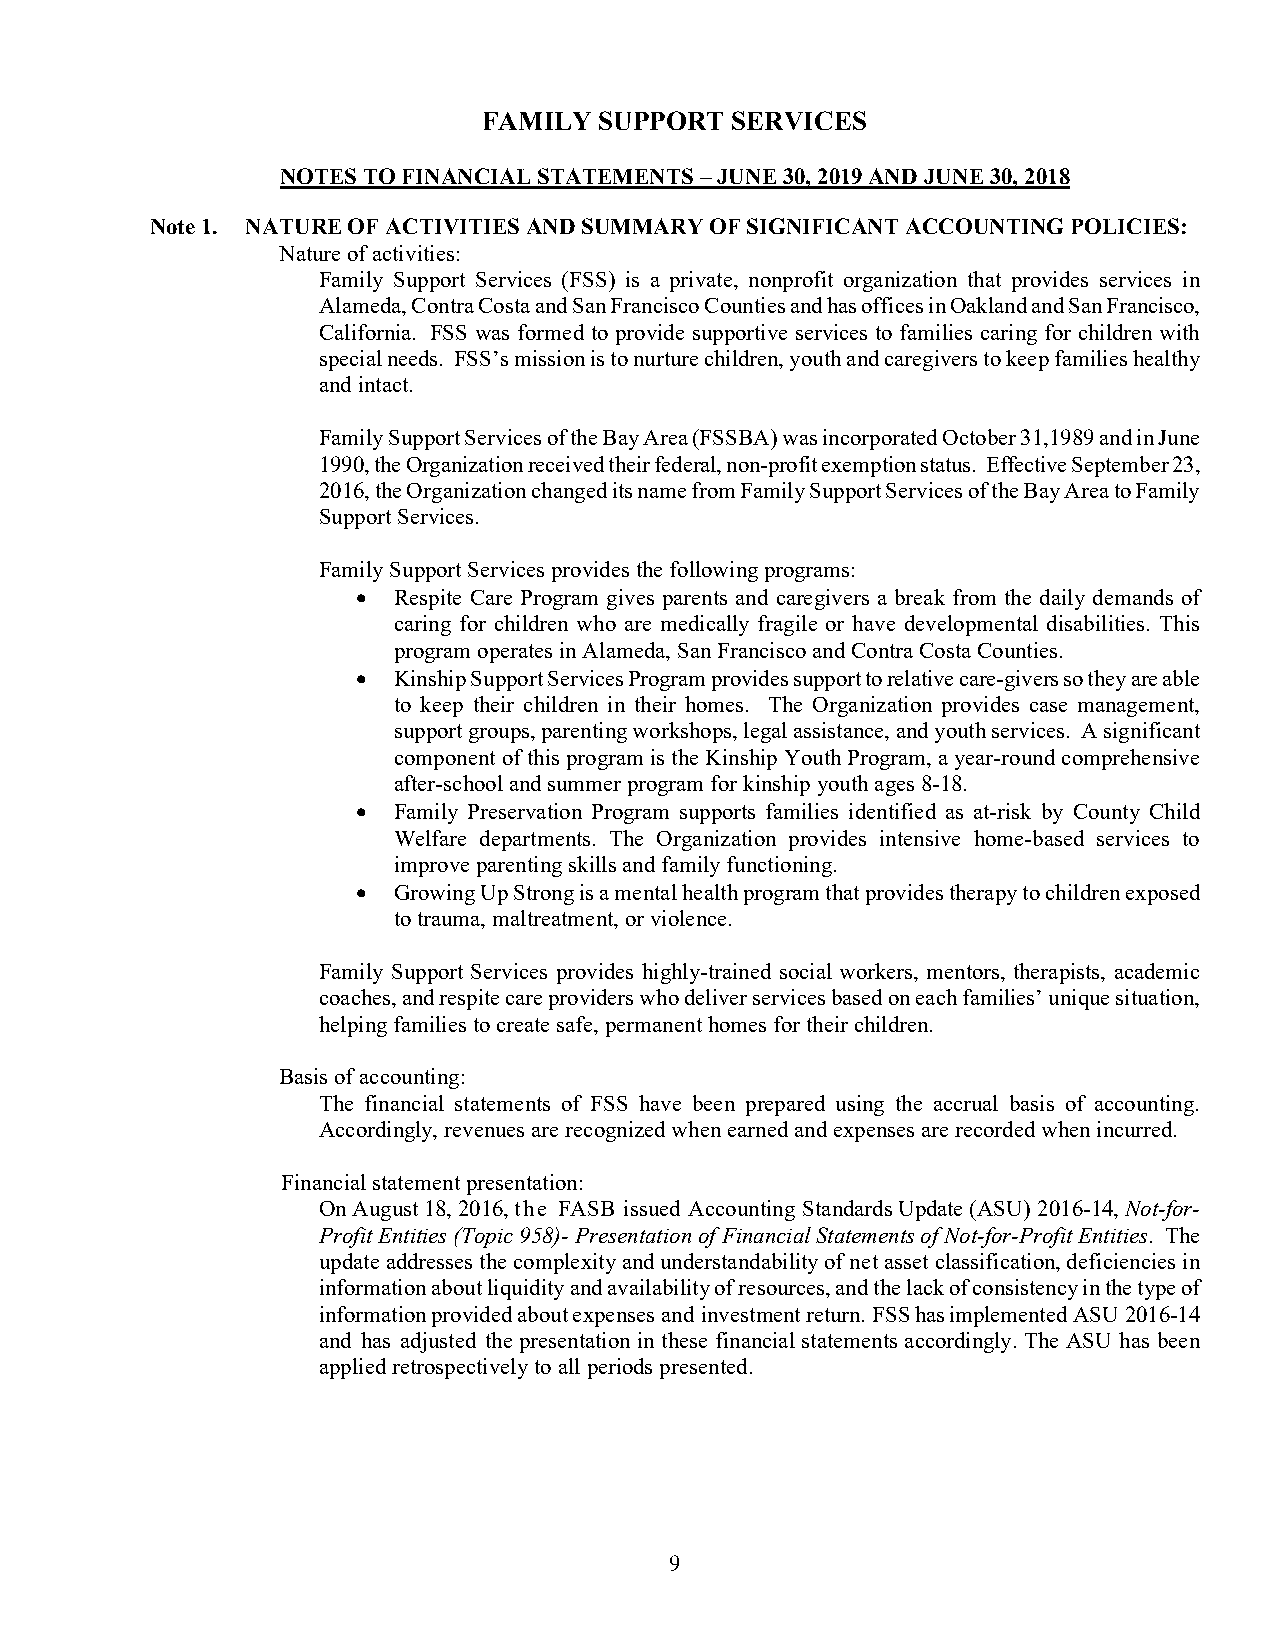
FAMILY  SUPPORT SERVICES
 NOTES TO FINANCIAL STATEMENTS – JUNE 30, 2019 AND JUNE 30, 2018
 Note 1. NATURE OF ACTIVITIES AND SUMMARY OF SIGNIFICANT ACCOUNTING POLICIES:
 Nature of activities:
 Family Support Services (FSS) is a private, nonprofit organization that provides services in
 Alameda, Contra Costa and San Francisco Counties and has offices in Oakland and San Francisco,
 California. FSS was formed to provide supportive services to families caring for children with
 special needs. FSS’s mission is to nurture children, youth and caregivers to keep families healthy
 and intact.
 Family Support Services of the Bay Area (FSSBA) was incorporated October 31,1989 and in June
 1990, the Organization received their federal, non-profit exemption status. Effective September 23,
 2016, the Organization changed its name from Family Support Services of the Bay Area to Family
 Support Services.
 Family Support Services provides the following programs:
  Respite Care Program gives parents and caregivers a break from the daily demands of
 caring for children who are medically fragile or have developmental disabilities. This
 program operates in Alameda, San Francisco and Contra Costa Counties.
  Kinship Support Services Program provides support to relative care-givers so they are able
 to keep their children in their homes. The Organization provides case management,
 support groups, parenting workshops, legal assistance, and youth services. A significant
 component of this program is the Kinship Youth Program, a year-round comprehensive
 after-school and summer program for kinship youth ages 8-18.
  Family Preservation Program supports families identified as at-risk by County Child
 Welfare departments. The Organization provides intensive home-based services to
 improve parenting skills and family functioning.
  Growing Up Strong is a mental health program that provides therapy to children exposed
 to trauma, maltreatment, or violence.
 Family Support Services provides highly-trained social workers, mentors, therapists, academic
 coaches, and respite care providers who deliver services based on each families’ unique situation,
 helping families to create safe, permanent homes for their children.
 Basis of accounting:
 The financial statements of FSS have been prepared using the accrual basis of accounting.
 Accordingly, revenues are recognized when earned and expenses are recorded when incurred.
 Financial statement presentation:
 On August 18, 2016, the FASB issued Accounting Standards Update (ASU) 2016-14, Not-for-
 Profit Entities (Topic 958)- Presentation of Financial Statements of Not-for-Profit Entities. The
 update addresses the complexity and understandability of net asset classification, deficiencies in
 information about liquidity and availability of resources, and the lack of consistency in the type of
 information provided about expenses and investment return. FSS has implemented ASU 2016-14
 and has adjusted the presentation in these financial statements accordingly. The ASU has been
 applied retrospectively to all periods presented.
 9